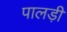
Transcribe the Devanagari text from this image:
पालड़ी